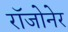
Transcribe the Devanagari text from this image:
रॉजोनेर